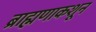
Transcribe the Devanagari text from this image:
ब्राह्मणाकशून